Annual administration report of the Civil Veterinary Department of India - 1894-1895
Year: 1894
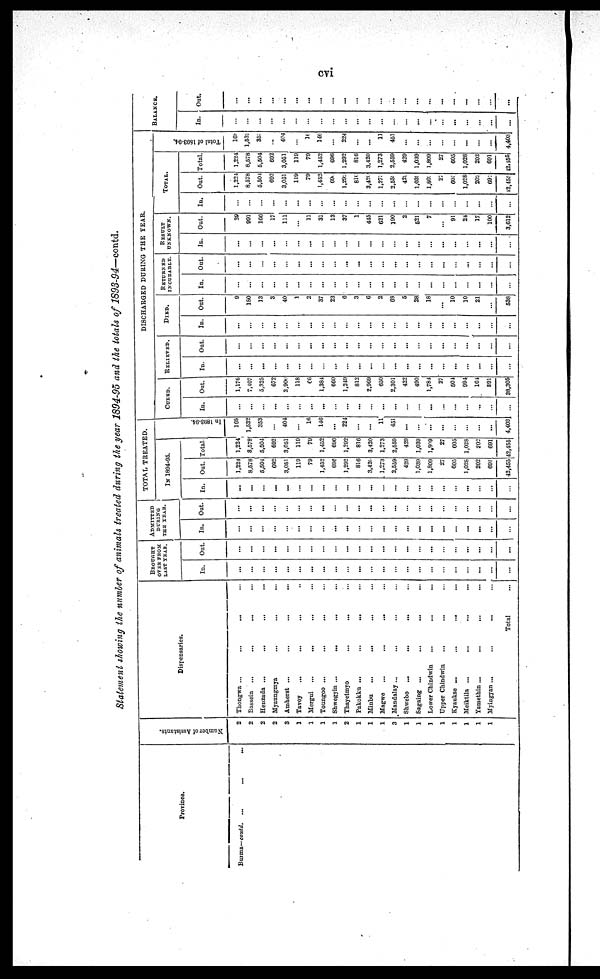
cvi
Statement showing the number of animals treated during the year 1894-95 and the totals of 1893-94—contd.
Province.
Burma—contd.
... ... ...
Number of Assistants.
2
2
2
2
3
1
1
1
1
2
1
1
1
3
1
1
1
1
1
1
1
1
Dispensaries.
Thongwa ...
... ... ... ...
Bassein
...
...
... ...
Henzada ...
...
... ...
Myaungmya
...
...
...
Amherst ...
...
...
...
Tavoy
...
... ... ...
Mergui
...
...
... ...
Toungoo ...
...
... ...
Shwegyin ...
...
...
...
Thayetmyo...
...
...
Pakokku ...
...
...
...
Minbu
...
...
... ...
Magwe
...
...
... ...
Mandalay ...
... ... ...
Shwebo
...
...
... ...
Sagaing ...
...
...
...
Lower Chindwin
...
... ...
Upper Chindwin
... ... ...
Kyaukse ...
...
... ...
Meiktila ...
...
...
...
Yamethin ...
...
...
...
Myingyan ...
...
... ...
Total
...
BROUGHT
OVER FROM
LAST YEAR.
In.
...
...
...
...
...
...
...
...
...
...
...
...
...
...
...
...
...
...
...
...
...
...
...
Out.
...
...
...
...
...
...
...
...
...
...
...
...
...
...
...
...
...
...
...
...
...
...
...
ADMITTED
DURING
THE YEAR.
In.
...
...
...
...
...
...
...
...
...
...
...
...
...
...
...
...
...
...
...
...
...
...
...
Out.
...
...
...
...
...
...
...
...
...
...
...
...
...
...
...
...
...
...
...
...
...
...
...
TOTAL TREATED.
IN 1894-95.
In.
...
...
...
...
...
...
...
...
...
...
...
...
...
...
...
...
...
...
...
...
...
...
...
Out.
1,224
8,578
5,504
692
3,051
119
79
1,452
696
1,292
816
3,420
1,273
2,559
429
1,039
1,809
27
605
1,028
202
691
43,455
Total.
1,224
8,578
5,504
692
3,051
119
79
1,452
696
1,292
816
3,420
1,273
2,559
429
1,039
1,809
27
605
1,028
202
691
42,455
In 1893- 94.
168
1,532
353
...
404
...
16
146
...
221
...
...
11
451
...
...
...
...
...
...
...
...
4,403
DISCHARGED DURING THE YEAR.
CURED.
In.
...
...
...
...
...
...
...
...
...
...
...
...
...
...
...
...
...
...
...
...
...
...
...
Out.
1,176
7,407
5,325
672
2,906
118
66
1,384
660
1,249
812
2,969
650
2,301
422
490
1,784
27
504
994
164
591
38,305
RELIEVED.
In.
...
...
...
...
...
...
...
...
...
...
...
...
...
...
...
...
...
...
...
...
...
...
...
Out.
...
...
...
...
...
...
...
...
...
...
...
...
...
...
...
...
...
...
...
...
...
...
...
DIED.
In.
...
...
...
...
...
...
...
...
...
...
...
...
...
...
...
...
...
...
...
...
...
...
...
Out.
9
180
13
3
40
1
2
37
23
6
3
6
2
68
5
28
18
...
10
10
21
...
538
RETURNED
INCURABLE.
In.
...
...
...
...
...
...
...
...
...
...
...
...
...
...
...
...
...
...
...
...
...
...
...
Out.
...
...
...
...
...
...
...
...
...
...
...
...
...
...
...
...
...
...
...
...
...
...
...
RESULT
UNKNOWN.
In.
...
...
...
...
...
...
...
...
...
...
...
...
...
...
...
...
...
...
...
...
...
...
...
Out.
39
991
166
17
111
...
11
31
13
37
1
445
621
190
2
521
7
...
91
24
17
100
3,612
TOTAL.
In.
...
...
...
...
...
...
...
...
...
...
...
...
...
...
...
...
...
...
...
...
...
...
...
Out.
1,224
8,578
5,504
692
3,051
119
79
1,452
696
1.292
816
3,420
1,273
2,559
429
1,039
1,802
27
605
1,028
202
691
42,455
Total.
1,224
8,578
5,504
692
3,051
119
79
1,452
696
1.292
816
3.420
1,273
2,559
429
1,039
1,809
27
605
1,028
202
691
42,155
Tot al of 1893- 94.
168
1,532
35:
...
404
...
10
146
...
224
...
...
11
451
...
...
...
...
...
...
...
...
4,403
BALANCE.
In.
...
...
...
...
...
...
...
...
...
...
...
...
...
...
...
...
...
...
...
...
...
...
...
Out.
...
...
...
...
...
...
...
...
...
...
...
...
...
...
...
...
...
...
...
...
...
...
...